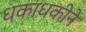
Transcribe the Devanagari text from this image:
धकाधकीने